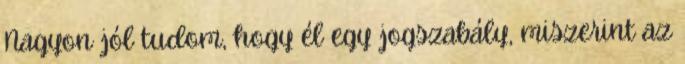
Nagyon jól tudom, hogy él egy jogszabály, miszerint az